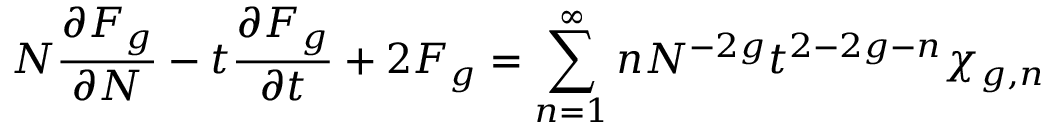
N { \frac { \partial F _ { g } } { \partial N } } - t { \frac { \partial F _ { g } } { \partial t } } + 2 F _ { g } = \sum _ { n = 1 } ^ { \infty } n N ^ { - 2 g } t ^ { 2 - 2 g - n } \chi _ { g , n }